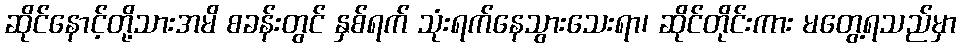
ဆိုင်နောင့်တို့သားအမိ စခန်းတွင် နှစ်ရက် သုံးရက်နေသွားသေးရာ၊ ဆိုင်တိုင်းကား မတွေ့ရသည်မှာ